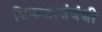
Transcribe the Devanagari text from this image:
विकसासंबंधी